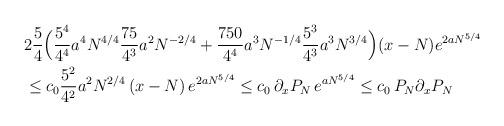
LaTeX: \begin{align*}&2\frac54\Big(\frac{5^4}{4^4}a^4N^{4/4}\frac{75}{4^3} a^2N^{-2/4}+\frac{750}{4^4} a^3 N^{-1/4}\frac{5^3}{4^3} a^3 N^{3/4}\Big)(x-N)e^{2aN^{5/4}}\\&\le c_0\frac{5^2}{4^2} a^2N^{2/4}\,(x-N)\, e^{2aN^{5/4}}\le c_0\,\partial_xP_N\,e^{aN^{5/4}}\le c_0\,P_N \partial_x P_N\end{align*}